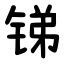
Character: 锑